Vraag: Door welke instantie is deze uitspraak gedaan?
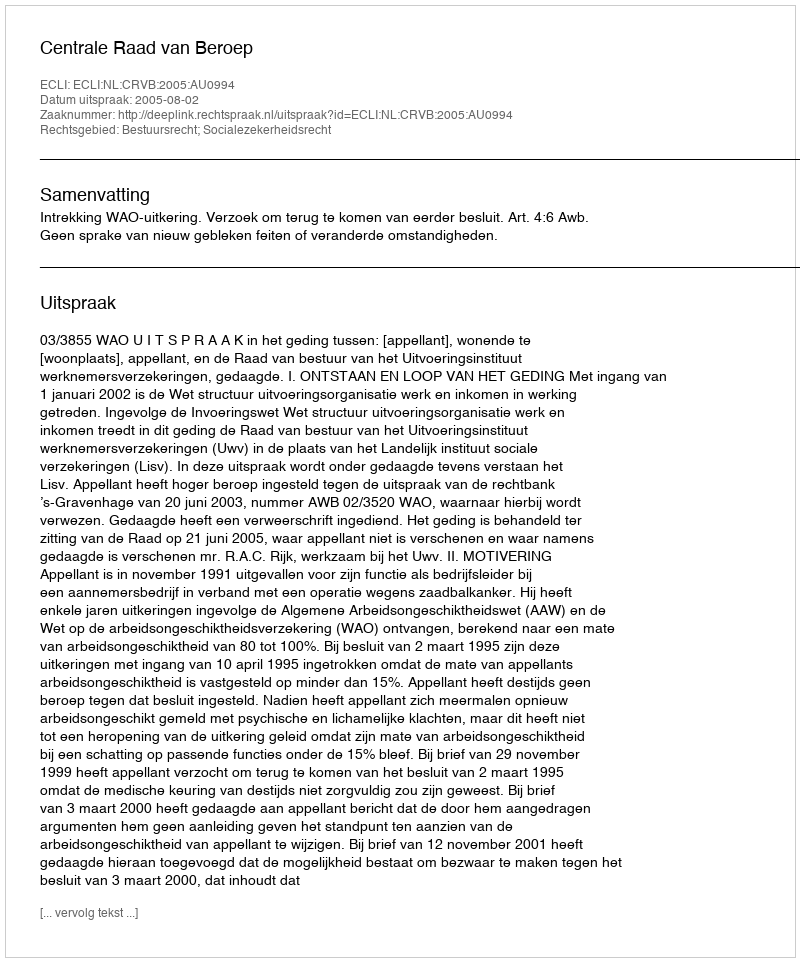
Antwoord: Centrale Raad van Beroep